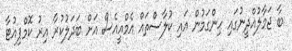
ބާ ޖަމާލުއްދީނުގައި ހިންގަމުން އައި ކުލާސްތައް އެމްއީއެސް އަށް ބަދަލުކުރާ އިރު ކޮމްޕިއުޓާ